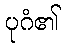
ပုဂံ၏